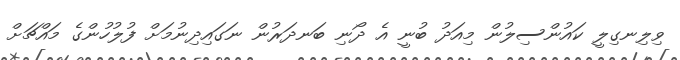
ވިލިނގިލީ ކައުންސިލުން މިއަދު ބުނީ އެ ދޯނި ބަނދަރުން ނަގައިދިނުމަށް ފުލުހުންގެ މައްޗަށް